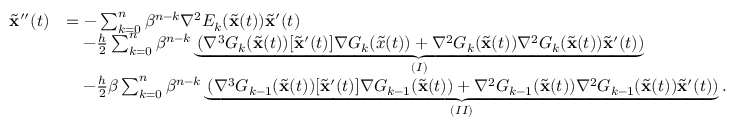
\begin{array} { r l } { \widetilde \mathbf { x } ^ { \prime \prime } ( t ) } & { = - \sum _ { k = 0 } ^ { n } \beta ^ { n - k } \nabla ^ { 2 } E _ { k } ( \widetilde \mathbf { x } ( t ) ) \widetilde \mathbf { x } ^ { \prime } ( t ) } \\ & { \quad - \frac { h } { 2 } \sum _ { k = 0 } ^ { n } \beta ^ { n - k } \underbrace { \left( \nabla ^ { 3 } G _ { k } ( \widetilde \mathbf { x } ( t ) ) [ \widetilde \mathbf { x } ^ { \prime } ( t ) ] \nabla G _ { k } ( \widetilde x ( t ) ) + \nabla ^ { 2 } G _ { k } ( \widetilde \mathbf { x } ( t ) ) \nabla ^ { 2 } G _ { k } ( \widetilde \mathbf { x } ( t ) ) \widetilde \mathbf { x } ^ { \prime } ( t ) \right) } _ { ( I ) } } \\ & { \quad - \frac { h } { 2 } \beta \sum _ { k = 0 } ^ { n } \beta ^ { n - k } \underbrace { \left( \nabla ^ { 3 } G _ { k - 1 } ( \widetilde \mathbf { x } ( t ) ) [ \widetilde \mathbf { x } ^ { \prime } ( t ) ] \nabla G _ { k - 1 } ( \widetilde \mathbf { x } ( t ) ) + \nabla ^ { 2 } G _ { k - 1 } ( \widetilde \mathbf { x } ( t ) ) \nabla ^ { 2 } G _ { k - 1 } ( \widetilde \mathbf { x } ( t ) ) \widetilde \mathbf { x } ^ { \prime } ( t ) \right) } _ { ( I I ) } . } \end{array}